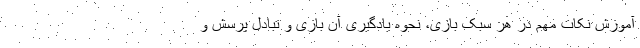
آموزش نکات مهم در هر سبک بازی، نحوه یادگیری آن بازی و تبادل پرسش و